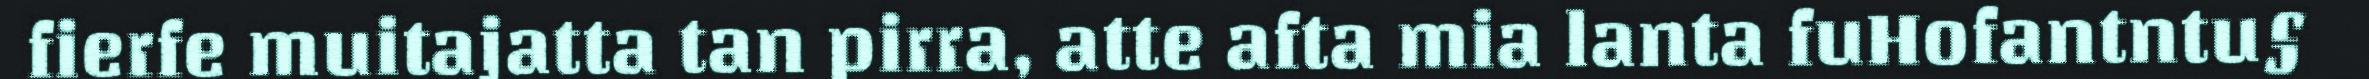
fierfe muitajatta tan pirra, atte afta mia lanta fuHofantntu§